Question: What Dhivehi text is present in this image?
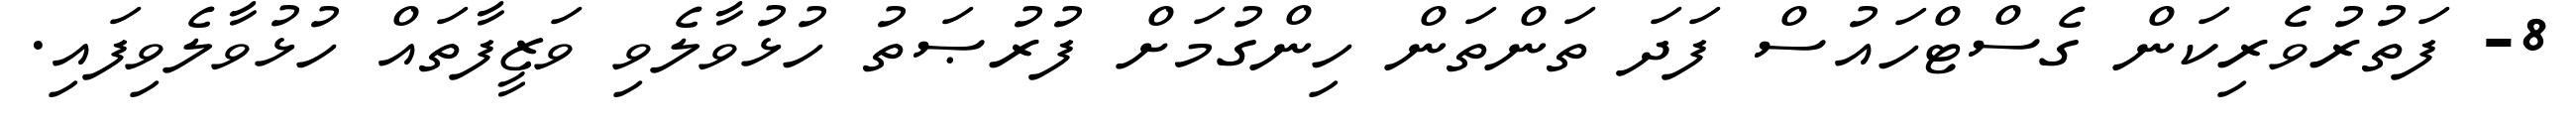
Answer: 8- ފަތުރުވެރިކަން ގެސްޓްހައުސް ފަދަ ތަންތަން ހިންގުމަށް ފުރުޞަތު ހުޅުވާލެވި ވަޒީފާތައް ހުޅުވާލެވިފައި.